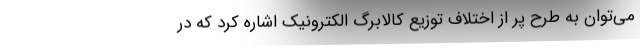
می‌توان به طرح پر از اختلاف توزیع کالابرگ الکترونیک اشاره کرد که در